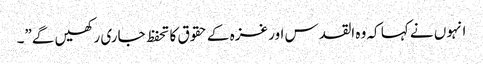
انہوں نے کہا کہ وہ القدس اور غزہ کے حقوق کا تحفظ جاری رکھیں گے”۔